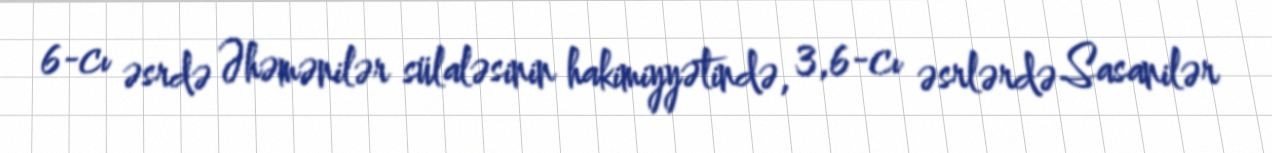
6-cı əsrdə Əhəmənilər sülaləsinin hakimiyyətində, 3,6-cı əsrlərdə Sasanilər